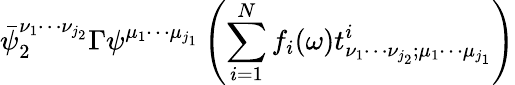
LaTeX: \bar{\psi}_{2}^{\nu_{1}\cdots\nu_{j_{2}}}\Gamma\psi^{\mu_{1}\cdots\mu_{j_{1}}}\left(\sum_{i=1}^{N}f_{i}(\omega)t_{\nu_{1}\cdots\nu_{j_{2}};\mu_{1}\cdots\mu_{j_{1}}}^{i}\right)